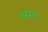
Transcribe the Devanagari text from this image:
श्रम।